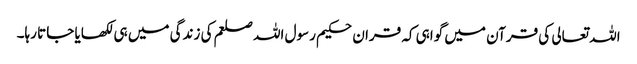
اللہ تعالی کی قرآن میں گواہی کہ قران حکیم رسول اللہ صلعم کی زندگی میں ہی لکھایا جاتا رہا۔